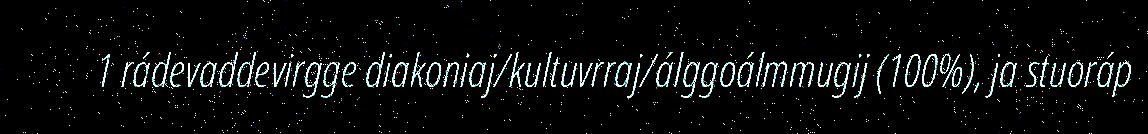
1 rádevaddevirgge diakoniaj/kultuvrraj/álggoálmmugij (100%), ja stuoráp